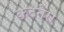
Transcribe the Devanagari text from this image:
कटनेरा